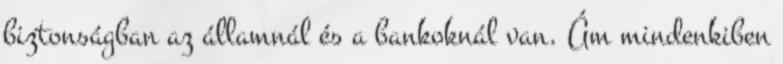
biztonságban az államnál és a bankoknál van. Ám mindenkiben